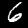
Digit: 6